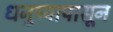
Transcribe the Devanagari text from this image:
धनुष्यापासून